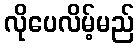
လိုပေလိမ့်မည်